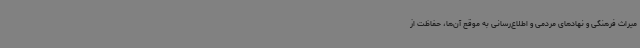
میراث فرهنگی و نهادهای مردمی و اطلاع‌رسانی به موقع آن‌ها، حفاظت از